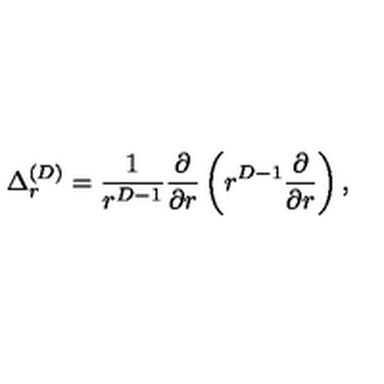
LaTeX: \Delta _ { r } ^ { ( { D } ) } = \frac { 1 } { r ^ { { D } - 1 } } \frac { \partial } { \partial r } \left( r ^ { { D } - 1 } \frac { \partial } { \partial r } \right) ,